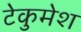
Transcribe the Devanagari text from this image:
टेकुमेश